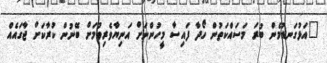
"އަޅުގަނޑުމެން ބުރަ މަސައްކަތުން ހޯދާ ފައިސާ މީހުންނަށް އަނިޔާވެރިވުމަށް ބޭނުން ކުރާކަށް ޖާގައެއް